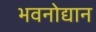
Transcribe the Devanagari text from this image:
भवनोद्यान